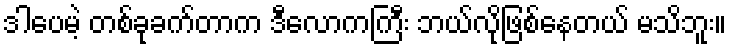
ဒါပေမဲ့ တစ်ခုခက်တာက ဒီလောကကြီး ဘယ်လိုဖြစ်နေတယ် မသိဘူး။